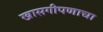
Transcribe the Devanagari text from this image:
खासगीपणाचा